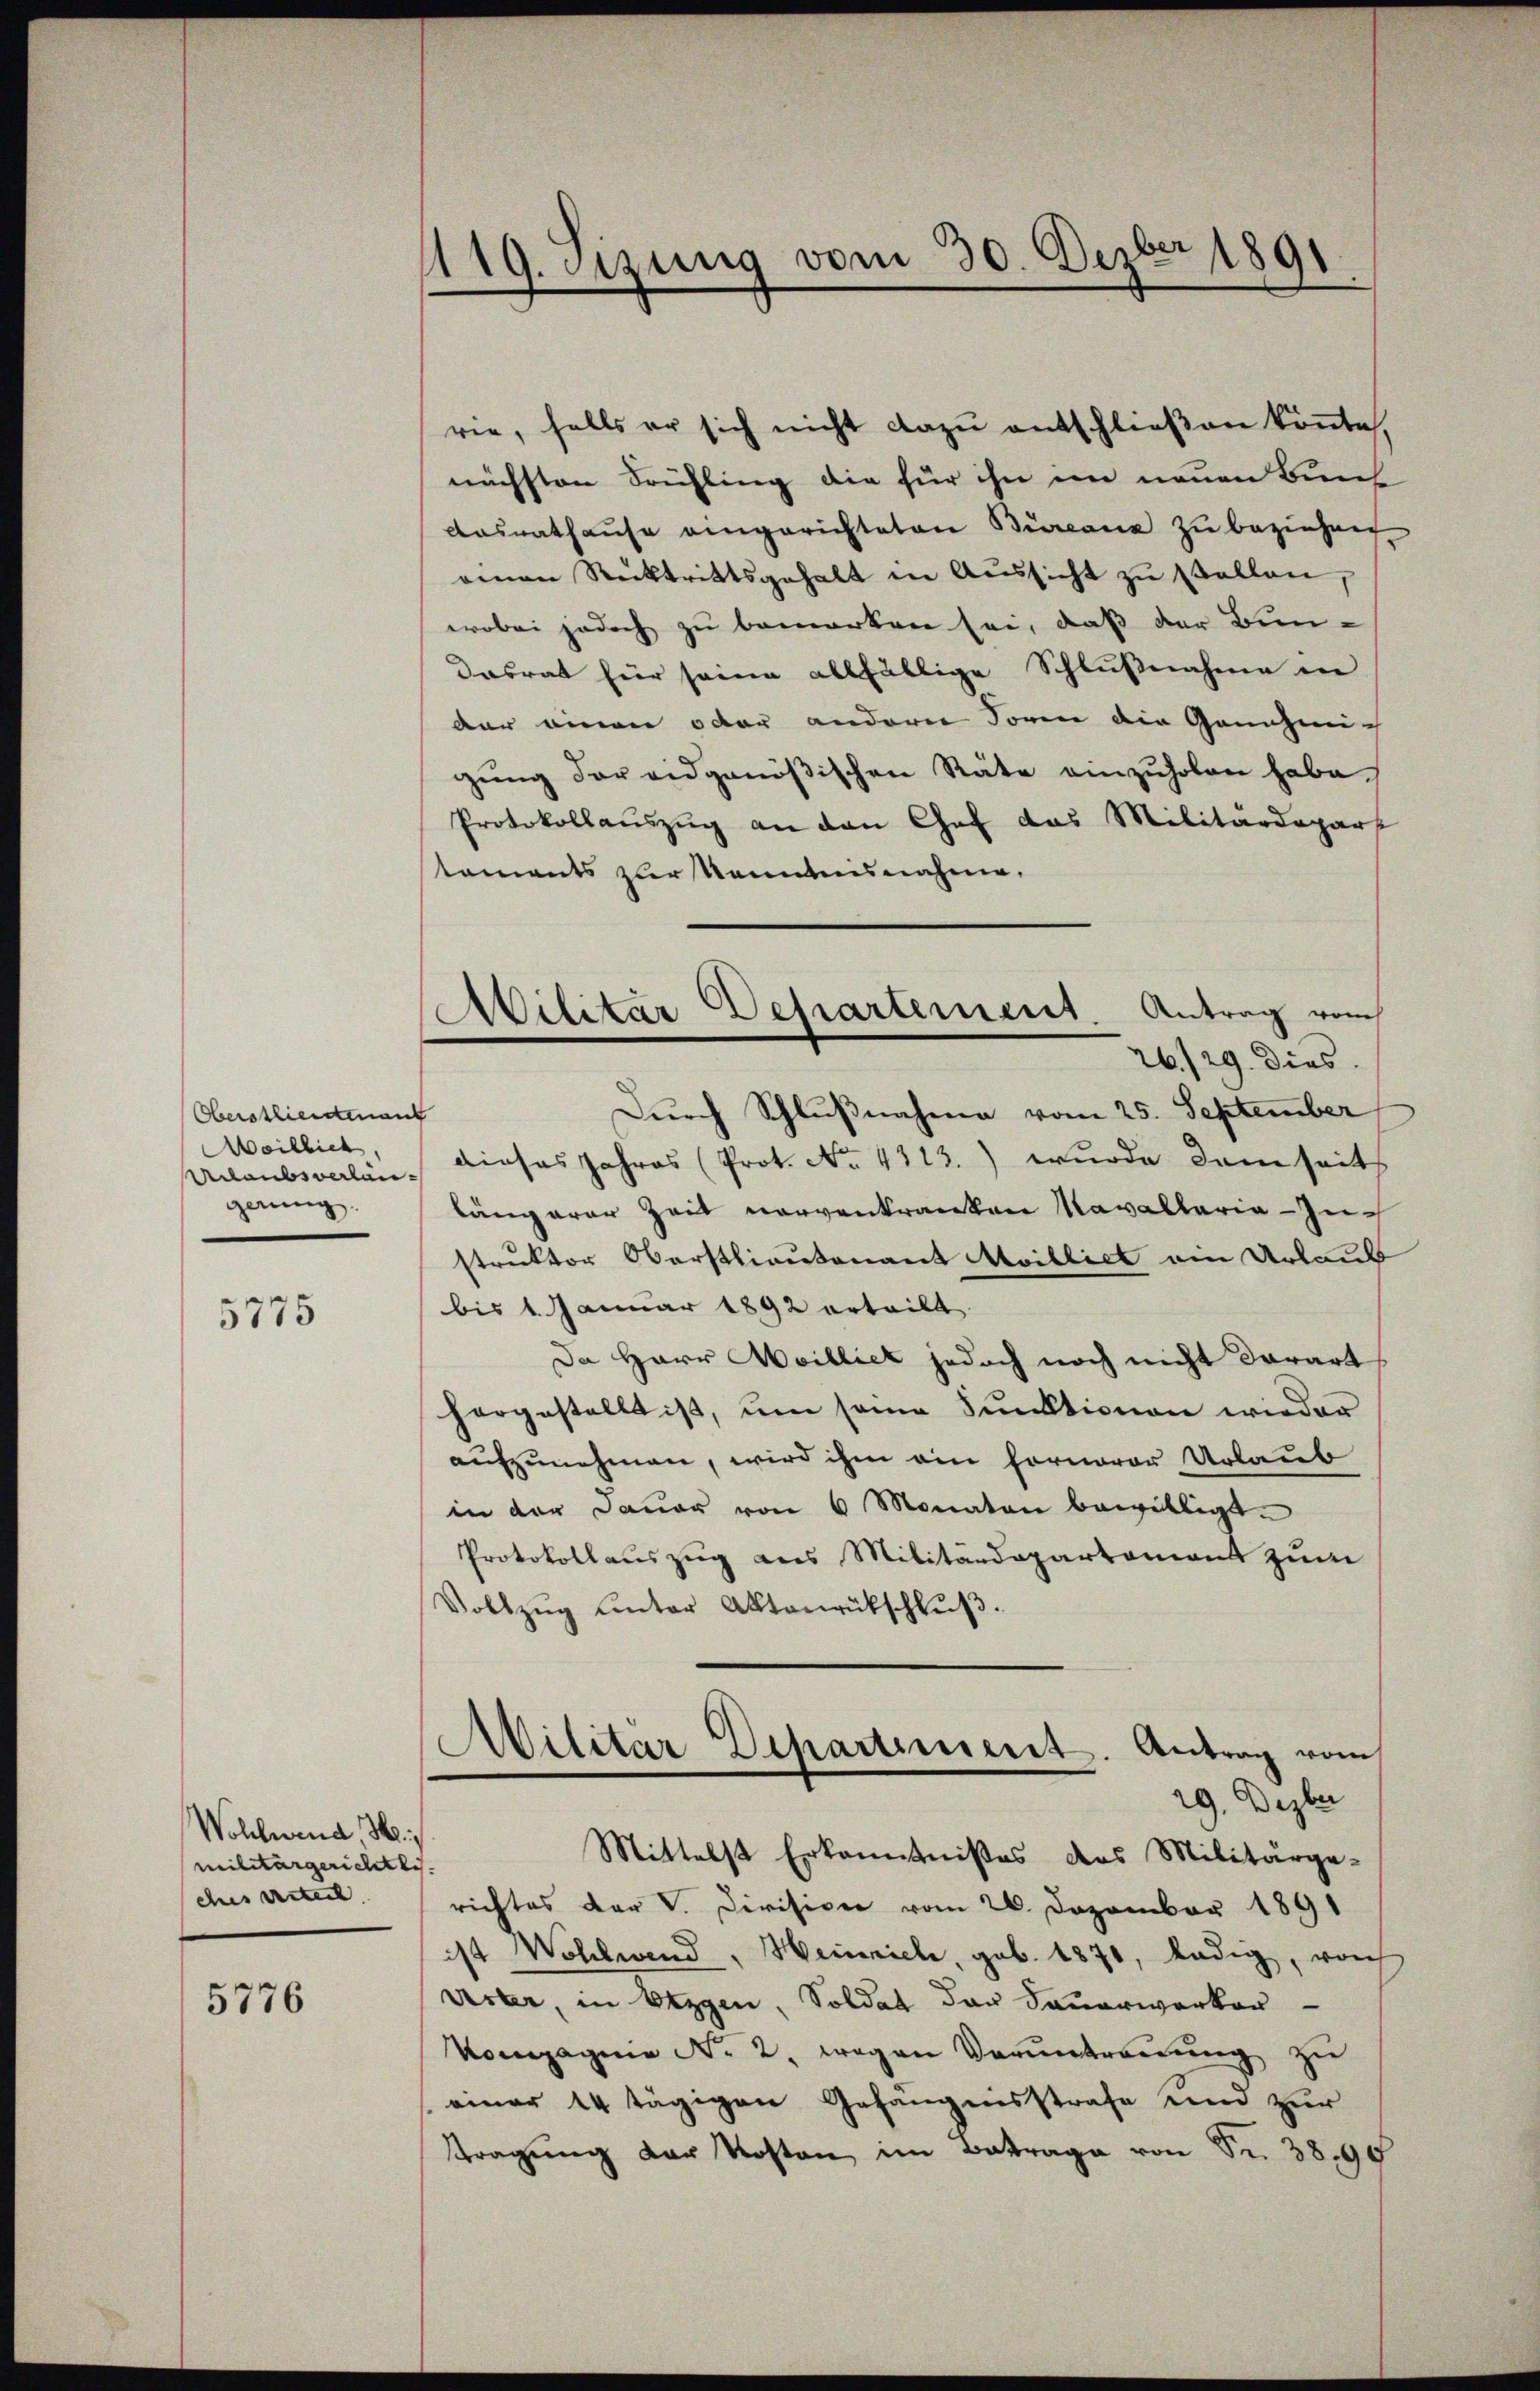
Oberstliedenant
eitlich
Acaubsverlangerung.

5775

Wohlwend, M.
militärgerichtli- |
ches verteil |

5776

1119. Sizung vom 30. Dezbr 1891.

rie, falls er sich nicht dazu entschließen könnte,
nächsten Frühling die für ihn im neuen Buch
Aasrathause eingerichteten Büreaus zu beziehen
einen Rücktrittsgehalt in Aŭssicht zŭ stellen,
wobei jedoch zu bemerken sei, daß der Bun-
Dasrat für seine allfällige Schlußnahme in
der einen oder anderer Foren die Ganzeig
gung der eidgenößischen Räte einzuholen habe
Protokollauszug an den Chef das Militärdepart
staments zur Kenntnisnahme.
Dŭrch Schlŭβnahme vom 25. September
dieses Jahres (Prot. No. 4113.) wurde dem seits
längerer Zeit vorvenkranken Navallaria - Zuch
struktor Oberstlieutenant Maiblick am Urlaub
bis 1. Januar 1892 erteilt
Da Herr Meilliet jedoch noch nicht darart
hergestellt ist, um seine Funktionen wieder
aufzunehmen, wird ihm ein fernerer Urlaub
in der Dauer von 6 Monaten bewilligt.
Protokollauszug aus Militärdepartament zum
Vollzŭg ŭnter Aktenrückschlŭβ.
Militär Departiment. Antrag vom
29. Dezber
Mittelst Erkenntnißes des Militärge-
richtes der V. Division vom 26. Dezember 1891
ist Wohlwend, Heinrich, geb. 1871, ledig, von
Aster, in Bezgen, Soldat der Sauerwerker
Kompagnie No. 2. wegen Voruntreuung zu
einer 14 tägigen Gefängnisstrafe und zur
Tragung der Kosten im Betrage von Sr. 38,90

Militar Departement. Antrag von
26./29. dies